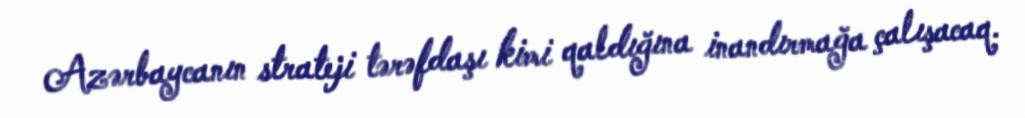
Azərbaycanın strateji tərəfdaşı kimi qaldığına inandırmağa çalışacaq.